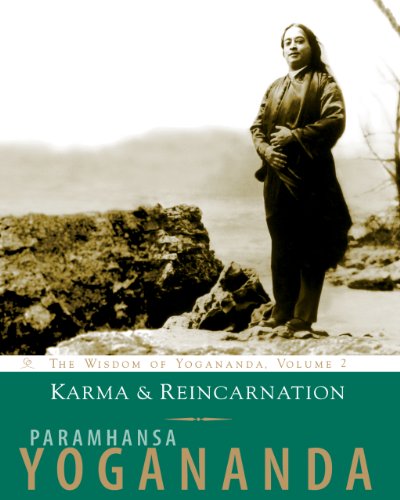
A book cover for Karma and Reincarnation: The Wisdom of Yogananda, Volume 2 (v. 2); Paramhansa Yoganada; Religion & Spirituality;